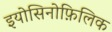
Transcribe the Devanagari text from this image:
इयोसिनोफ़िलिक